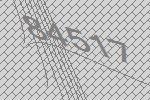
84517